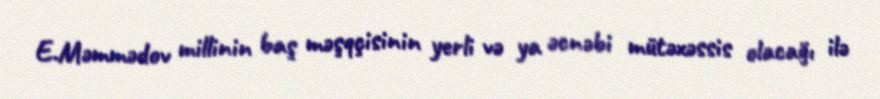
E.Məmmədov millinin baş məşqçisinin yerli və ya əcnəbi mütəxəssis olacağı ilə